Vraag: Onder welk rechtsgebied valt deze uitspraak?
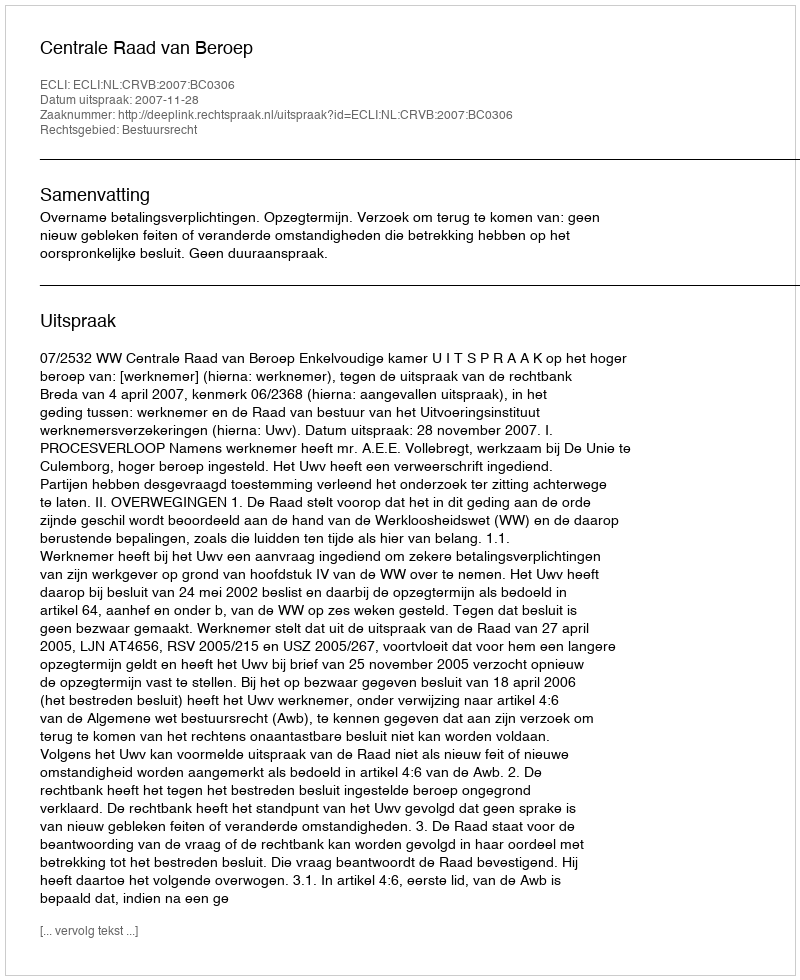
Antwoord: Bestuursrecht